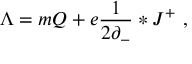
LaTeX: \Lambda = m Q + e \frac { 1 } { 2 \partial _ { - } } * J ^ { + } \ ,